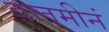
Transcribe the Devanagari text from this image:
बातमीनं